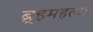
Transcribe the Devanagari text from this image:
ब्र्हमहत्या